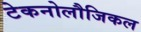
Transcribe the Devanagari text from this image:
टेकनोलौजिकल